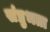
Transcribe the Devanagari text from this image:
संप्रुभता